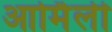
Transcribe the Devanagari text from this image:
आर्मिली